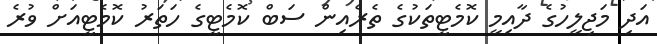
އަދި މަޖިލީހުގެ ދާއިމީ ކޮމެޓީތަކުގެ ތެރެއިން ސަބް ކޮމެޓީގެ ހަތަރު ކޮމެޓީއަށް ވުރެ